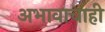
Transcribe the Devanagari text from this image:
अभावाचाही